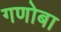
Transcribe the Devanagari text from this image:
गणोबा